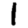
Digit: 1